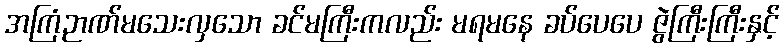
အကြံဉာဏ်မသေးလှသော ခင်မကြီးကလည်း မရမနေ ခပ်ပေပေ ဇွဲကြီးကြီးနှင့်